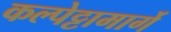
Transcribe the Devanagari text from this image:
कल्पेट्टामार्गे